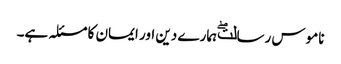
ناموس رسالتۖ ہمارے دین اور ایمان کا مسئلہ ہے۔